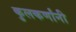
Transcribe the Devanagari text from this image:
कुलकर्णांनी